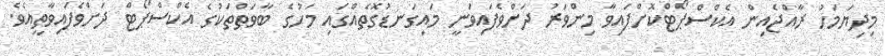
މިދިޔަމަހު ރާއްޖެއިން އެކްސްޕޯޓްކޮށްފައިވާ މިންވަރު ދަށްވެފައިވަނީ މައިގަނޑުގޮތެއްގައި މަހުގެ ބާވަތްތަކުގެ އެކްސްޕޯޓް ދަށްވެފައިވާތީއެވެ.